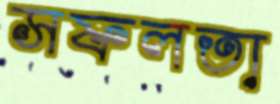
সফলতা